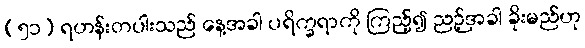
(၅၁) ရဟန်းတပါးသည် နေ့အခါ ပရိက္ခရာကို ကြည့်၍ ညဉ့်အခါ ခိုးမည်ဟု